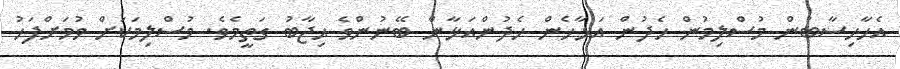
އެހާހިސާބުން މުސްލިމުން ހެދުން އަޅާހެން ހެދުންއަޅާން ބޭނުންވެ ޙިޖާބު ގަތީމެވެ. މުސްލިމަކަށް ވުމަށްފަހު